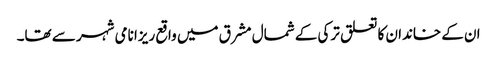
ان کے خاندان کا تعلق ترکی کے شمال مشرق میں واقع ریزا نامی شہر سے تھا۔